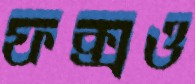
ফক্সও